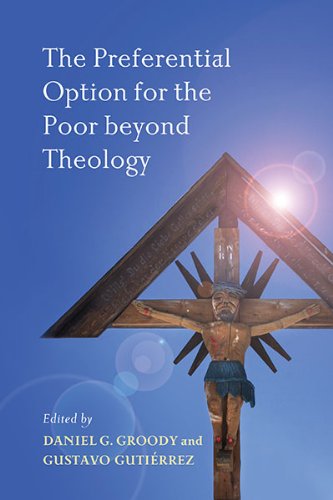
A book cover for The Preferential Option for the Poor beyond Theology; Christian Books & Bibles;